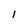
Character: l